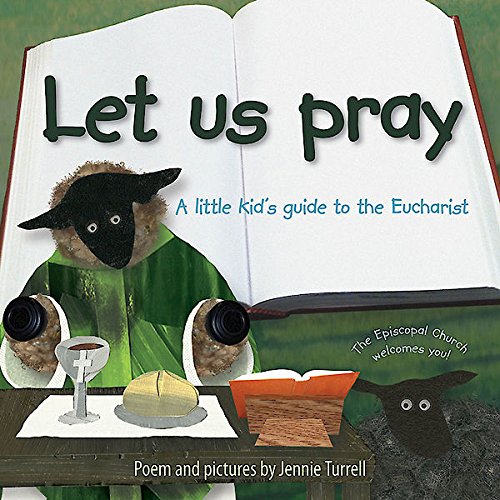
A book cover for Let Us Pray: A Little Kid's Guide to the Eucharist; Jennie Turrell; Christian Books & Bibles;